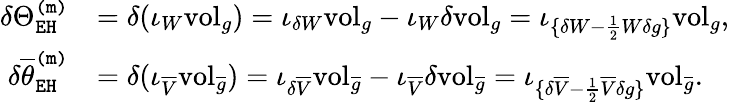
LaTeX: \begin{array}{rl}{\delta\Theta_{\mathtt{EH}}^{\mathtt{(m)}}}&{=\delta(\iota_{W}\mathrm{vol}_{g})=\iota_{\delta W}\mathrm{vol}_{g}-\iota_{W}\delta\mathrm{vol}_{g}=\iota_{\{ \delta W-\frac{1}{2}W\delta g\} }\mathrm{vol}_{g},}\\ {\delta\overline{{\theta}}_{\mathtt{EH}}^{\mathtt{(m)}}}&{=\delta(\iota_{\overline{{V}}}\mathrm{vol}_{\overline{{g}}})=\iota_{\delta\overline{{V}}}\mathrm{vol}_{\overline{{g}}}-\iota_{\overline{{V}}}\delta\mathrm{vol}_{\overline{{g}}}=\iota_{\{ \delta\overline{{V}}-\frac{1}{2}\overline{{V}}\delta g\} }\mathrm{vol}_{\overline{{g}}}.}\end{array}